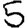
Digit: 5